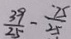
\frac { 3 9 } { 2 5 } - \frac { 7 5 } { 2 5 }